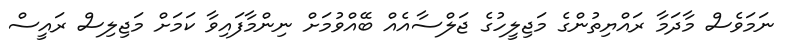
ނަމަވެސް މާދަމާ ރައްޔިތުންގެ މަޖިލީހުގެ ޖަލްސާއެއް ބޭއްވުމަށް ނިންމާފައިވާ ކަމަށް މަޖިލިސް ރައީސް